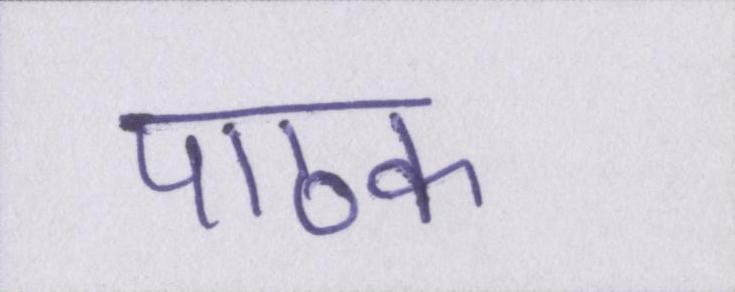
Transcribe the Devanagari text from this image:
पाठक